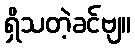
ရှိသတဲ့ခင်ဗျ။